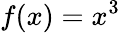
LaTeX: f(x)=x^{3}